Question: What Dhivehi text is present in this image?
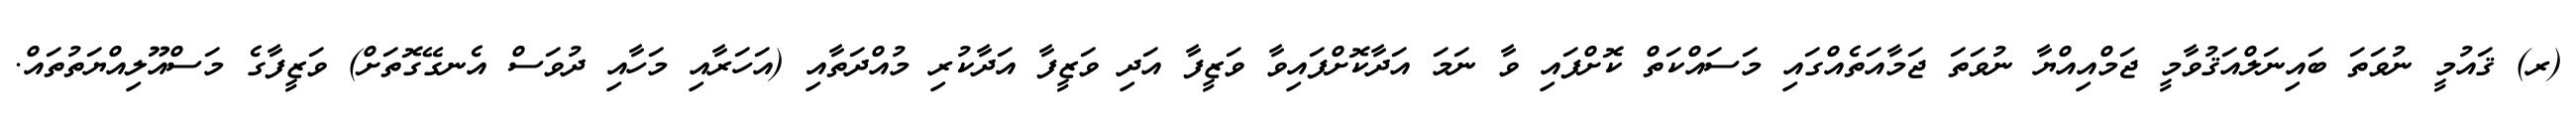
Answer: (ރ) ޤައުމީ ނުވަތަ ބައިނަލްއަޤުވާމީ ޖަމްއިއްޔާ ނުވަތަ ޖަމާއަތެއްގައި މަސައްކަތް ކޮށްފައި ވާ ނަމަ އަދާކޮށްފައިވާ ވަޒީފާ އަދި ވަޒީފާ އަދާކުރި މުއްދަތާއި (އަހަރާއި މަހާއި ދުވަސް އެނގޭގޮތަށް) ވަޒީފާގެ މަސްއޫލިއްޔަތުތައް.